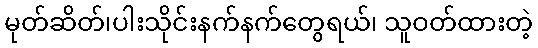
မုတ်ဆိတ်၊ပါးသိုင်းနက်နက်တွေရယ်၊ သူဝတ်ထားတဲ့